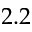
2 . 2